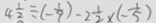
4 \frac { 1 } { 2 } \div ( - \frac { 1 } { 9 } ) - 2 \frac { 1 } { 2 } \times ( - \frac { 1 } { 5 } )